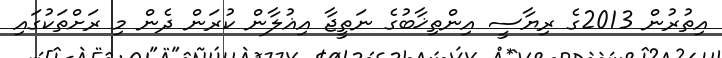
އިތުރުން 2013ގެ ރިޔާސީ އިންތިޚާބުގެ ނަތީޖާ އިޣުލާން ކުރަން ދެން މި ރަށްތަކުގައި